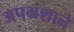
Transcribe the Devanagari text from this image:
अपभ्रंशाने